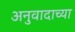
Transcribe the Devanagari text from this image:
अनुवादाच्‍या